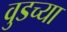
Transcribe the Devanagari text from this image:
वुडच्या